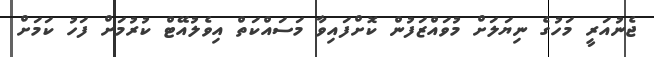
ޖެނުއަރީ މަހުގެ ނިޔަލަށް މުވައްޒަފުން ކޮށްފައިވާ މަސައްކަތް އިވެލުއޭޓް ކުރުމަށް ފަހު ކަމަށް